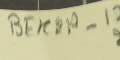
BEK2A-17 2